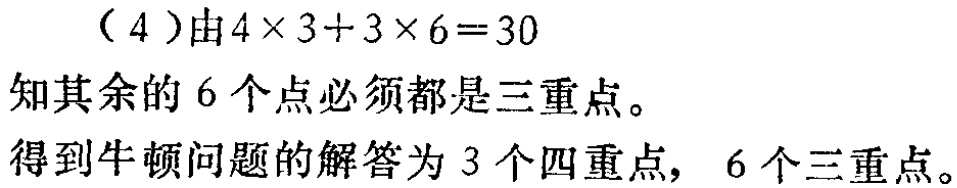
（4）由\(4\times 3 + 3\times 6 = 30\)

知其余的 6 个点必须都是三重点。

得到牛顿问题的解答为 3 个四重点，6 个三重点。